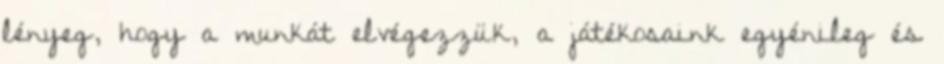
lényeg, hogy a munkát elvégezzük, a játékosaink egyénileg és